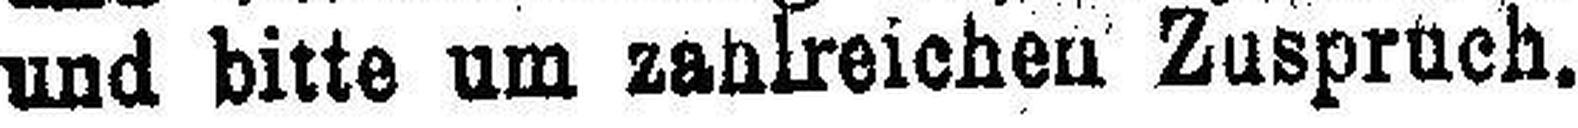
und bitte um zahlreichen Zuspruch.